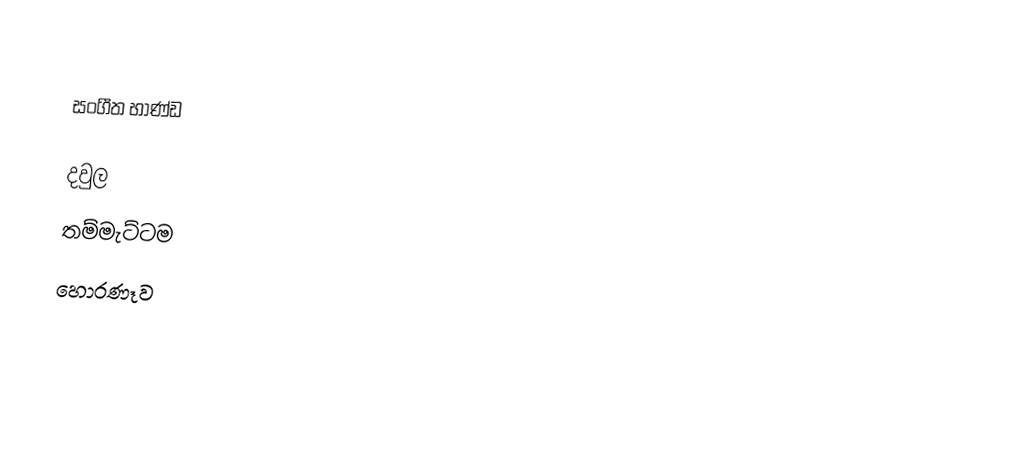

සංගීත භාණ්ඩ

 දවුල
 තම්මැට්ටම
 හොරණෑව